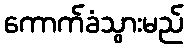
ကောက်ခံသွားမည်